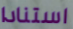
استنادا